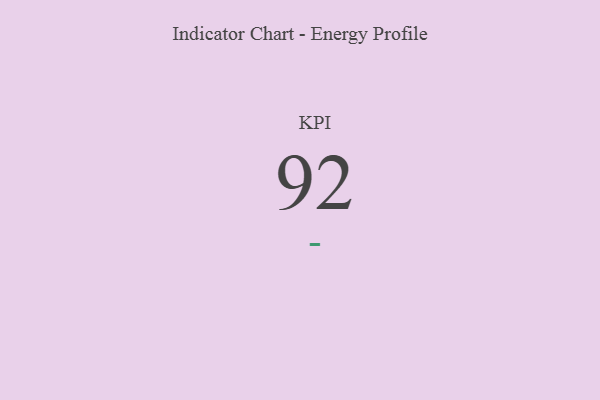
{"axis": {"x": "KPI", "y": "Value"}, "legend": [""], "data": [{"x": "KPI", "y": 92, "type": ""}]}